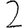
Digit: 2